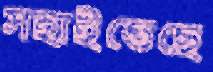
সহাইতেছে